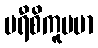
မရီစိကူပမာ